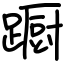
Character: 蹰